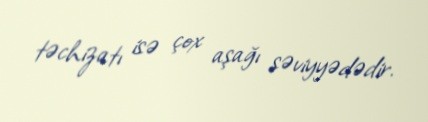
təchizatı isə çox aşağı səviyyədədir.